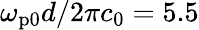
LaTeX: \omega_{\mathrm{p0}}d/2\pi c_{0}=5.5